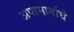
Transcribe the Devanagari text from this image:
अपामार्गाचे